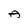
Character: A